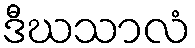
ဒီဃသာလံ